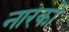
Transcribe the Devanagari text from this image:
नारको